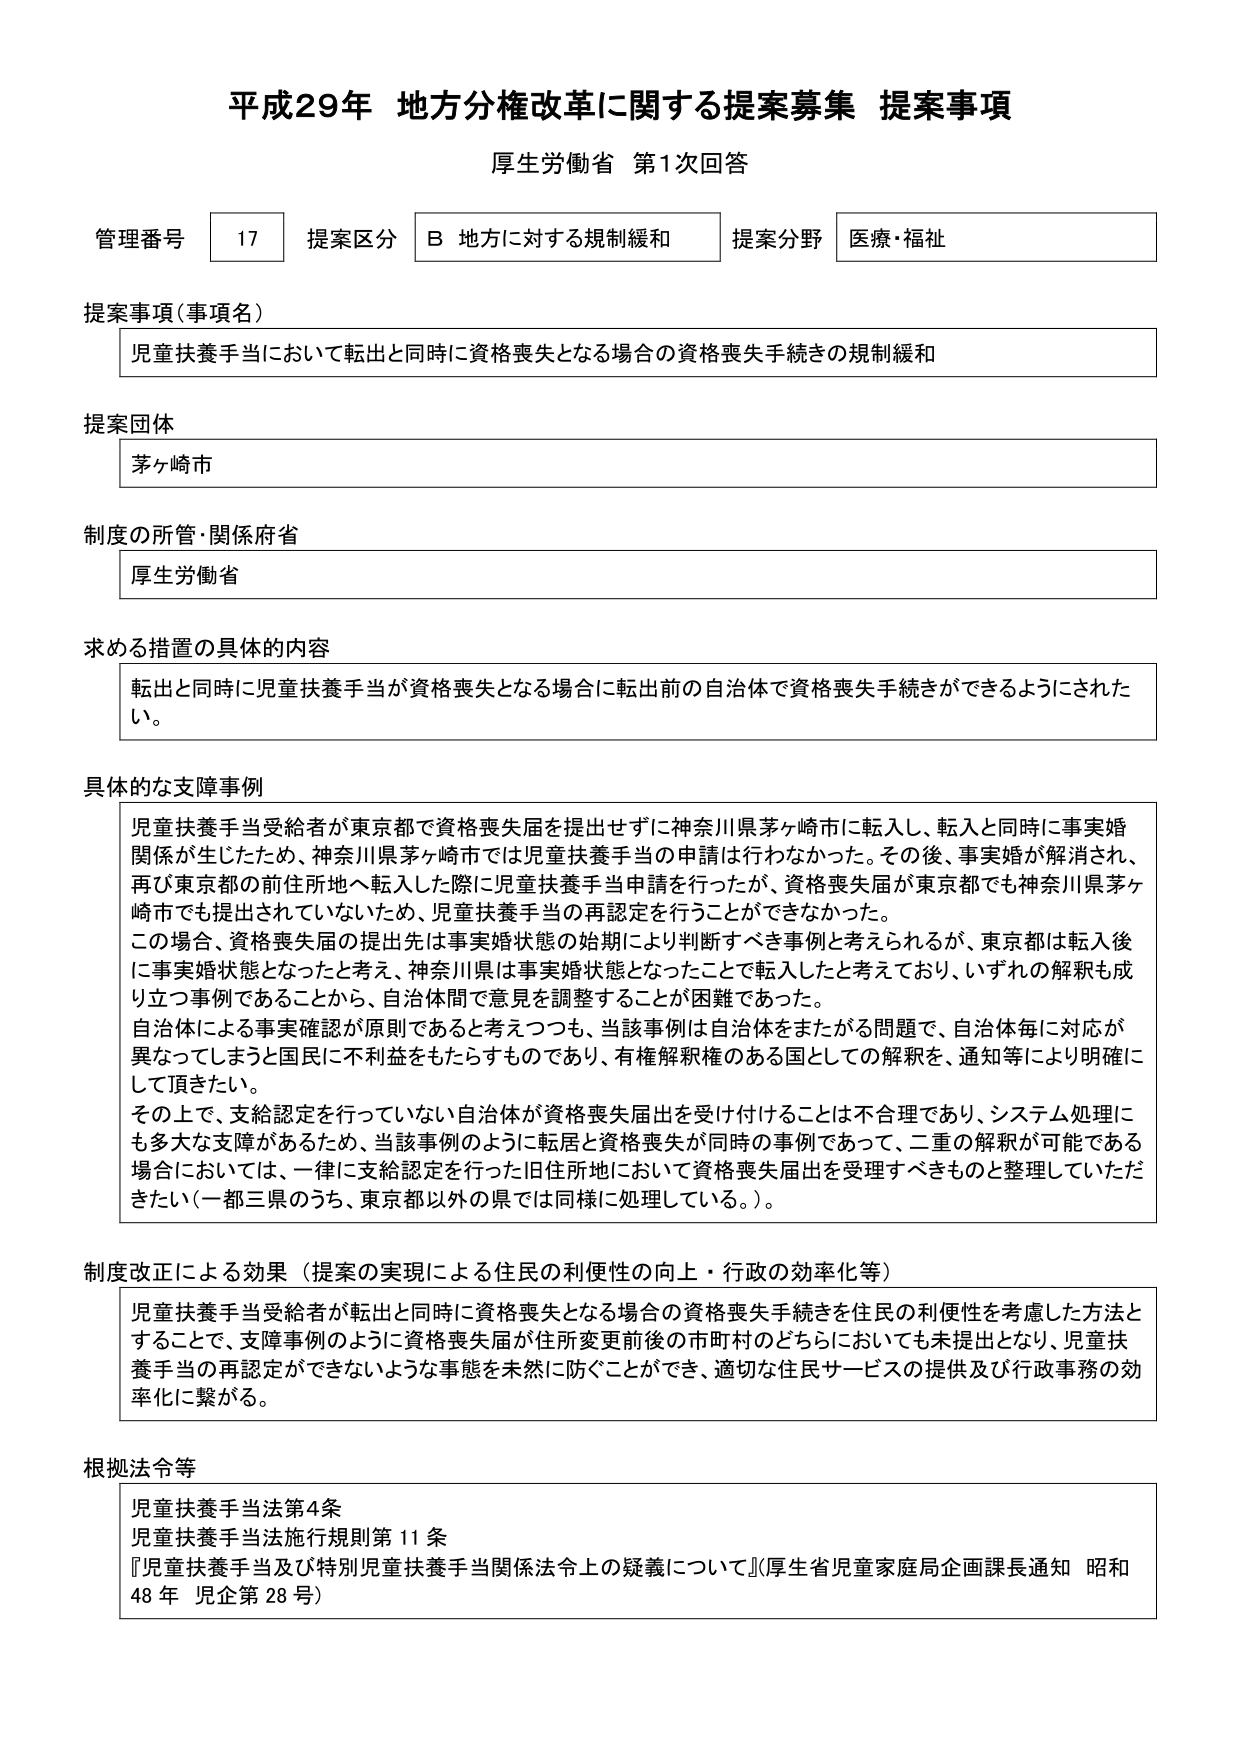
平成29年 地方分権改革に関する提案募集 提案事項
厚生労働省 第1次回答

管理番号 17 提案区分 B 地方に対する規制緩和 提案分野 医療・福祉

提案事項（事項名）
児童扶養手当において転出と同時に資格喪失となる場合の資格喪失手続きの規制緩和

提案団体
茅ヶ崎市

制度の所管・関係府省
厚生労働省

求める措置の具体的内容
転出と同時に児童扶養手当が資格喪失となる場合に転出前の自治体で資格喪失手続きができるようにされたい。

具体的な支障事例
児童扶養手当受給者が東京都で資格喪失届を提出せずに神奈川県茅ヶ崎市に転入し、転入と同時に事実婚関係が生じたため、神奈川県茅ヶ崎市では児童扶養手当の申請は行わなかった。その後、事実婚が解消され、再び東京都の前住所地へ転入した際に児童扶養手当申請を行ったが、資格喪失届が東京都でも神奈川県茅ヶ崎市でも提出されていないため、児童扶養手当の再認定を行うことができなかった。
この場合、資格喪失届の提出先は事実婚状態の始期により判断すべき事例と考えられるが、東京都は転入後に事実婚状態となったと考え、神奈川県は事実婚状態となったことで転入したと考えており、いずれの解釈も成り立つ事例であることから、自治体間で意見を調整することが困難であった。
自治体による事実確認が原則であると考えつつも、当該事例は自治体をまたがる問題で、自治体毎に対応が異なってしまうと国民に不利益をもたらすものであり、有権解釈権のある国としての解釈を、通知等により明確にして頂きたい。
その上で、支給認定を行っていない自治体が資格喪失届出を受け付けることは不合理であり、システム処理にも多大な支障があるため、当該事例のように転居と資格喪失が同時の事例であって、二重の解釈が可能である場合においては、一律に支給認定を行った旧住所地において資格喪失届出を受理すべきものと整理していただきたい（一都三県のうち、東京都以外の県では同様に処理している。）。

制度改正による効果（提案の実現による住民の利便性の向上・行政の効率化等）
児童扶養手当受給者が転出と同時に資格喪失となる場合の資格喪失手続きを住民の利便性を考慮した方法とすることで、支障事例のように資格喪失届が住所変更前後の市町村のどちらにおいても未提出となり、児童扶養手当の再認定ができないような事態を未然に防ぐことができ、適切な住民サービスの提供及び行政事務の効率化に繋がる。

根拠法令等
児童扶養手当法第4条
児童扶養手当法施行規則第11条
『児童扶養手当及び特別児童扶養手当関係法令上の疑義について』（厚生省児童家庭局企画課長通知 昭和48年 児企第28号）